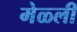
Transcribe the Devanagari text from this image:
मेळ्ली